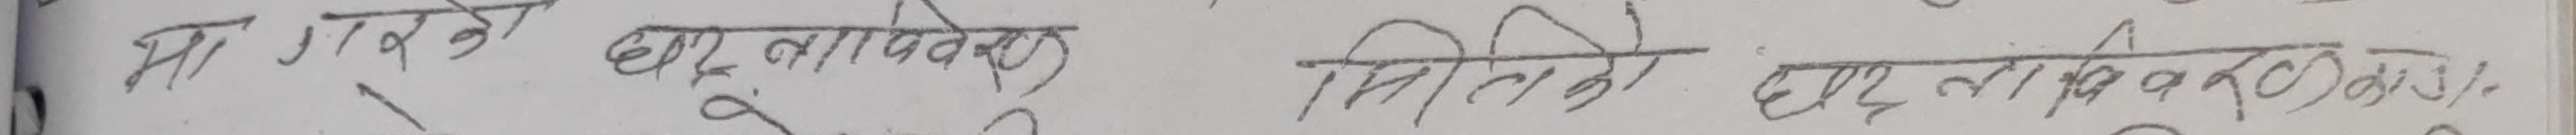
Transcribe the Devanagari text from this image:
मा गदको छाप नायवेको मितिको छाप नावको%